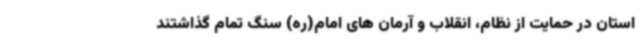
استان در حمایت از نظام، انقلاب و آرمان های امام(ره) سنگ تمام گذاشتند